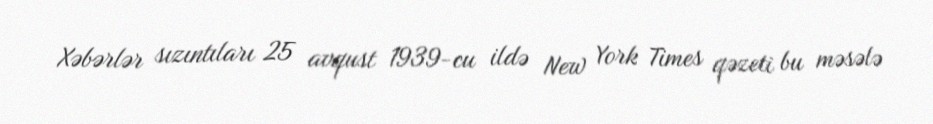
Xəbərlər sızıntıları 25 avqust 1939-cu ildə New York Times qəzeti bu məsələ